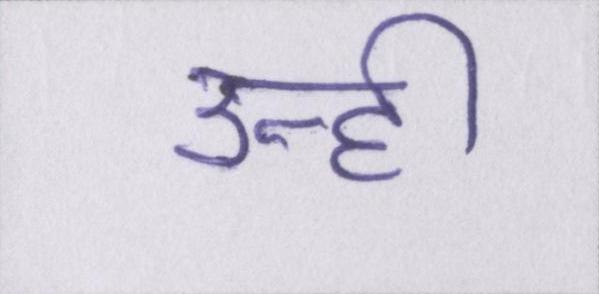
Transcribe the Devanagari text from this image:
उन्ही